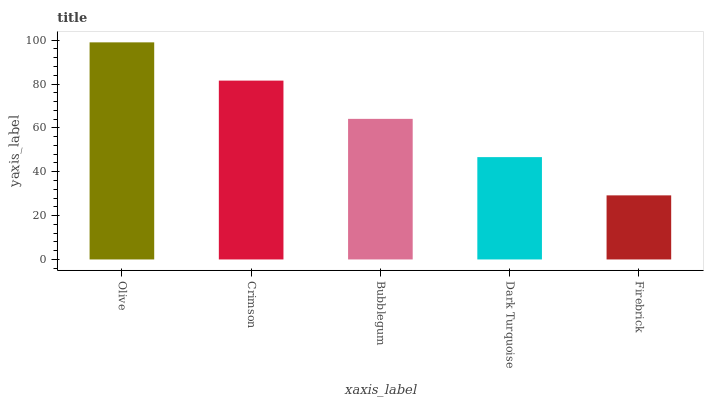
| xaxis_label | bars |
 | --- | --- |
 | Olive | 99 |
 | Crimson | 81.6 |
 | Bubblegum | 64.1 |
 | Dark Turquoise | 46.7 |
 | Firebrick | 29.2 |